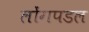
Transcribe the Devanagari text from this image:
लोंगपडल